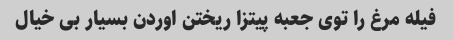
فیله مرغ را توی جعبه پیتزا ریختن اوردن بسیار بی خیال